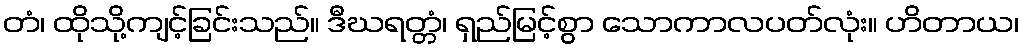
တံ၊ ထိုသို့ကျင့်ခြင်းသည်။ ဒီဃရတ္တံ၊ ရှည်မြင့်စွာ သောကာလပတ်လုံး။ ဟိတာယ၊